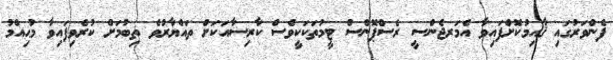
ފެންވަރުގައި ޤާއިމުކޮށްފައިވާ އެމަރޖެންސީ ރެސްޕޮންސް ޓީމުތަކަކީވެސް ކާރިސާއަކަށް ތައްޔާރުވެ ތިބުމަށް ކުރެވިފައިވާ މުޙިއްމު